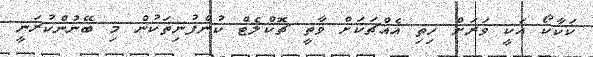
ކަކާކޯ އަކީ ވަރަށް ހިތި އެއްޗަކަށް ވާތީ ޗޮކްލެޓް ކުންފުނިތަކުން މި ބޭނުންކުރަނީ